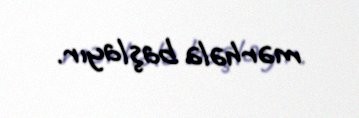
mərhələ başlayır.